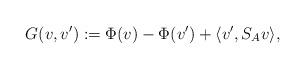
LaTeX: \begin{align*}G(v, v'):=\Phi(v)-\Phi(v')+\langle v', S_{A} v\rangle,\end{align*}